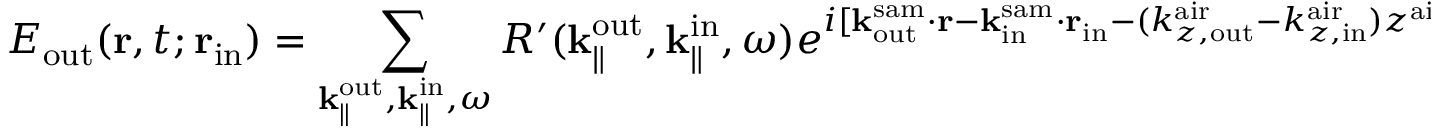
E _ { \mathrm { o u t } } ( { \bf r } , t ; { \bf r } _ { \mathrm { i n } } ) = \sum _ { { \bf k } _ { \parallel } ^ { \mathrm { o u t } } , { \bf k } _ { \parallel } ^ { \mathrm { i n } } , \omega } R ^ { \prime } ( { \bf k } _ { \parallel } ^ { \mathrm { o u t } } , { \bf k } _ { \parallel } ^ { \mathrm { i n } } , \omega ) e ^ { i [ { \bf k } _ { \mathrm { o u t } } ^ { \mathrm { s a m } } \cdot { \bf r } - { \bf k } _ { \mathrm { i n } } ^ { \mathrm { s a m } } \cdot { \bf r } _ { \mathrm { i n } } - ( k _ { z , \mathrm { o u t } } ^ { \mathrm { a i r } } - k _ { z , \mathrm { i n } } ^ { \mathrm { a i r } } ) z ^ { \mathrm { a i r } } - i \omega t ] } .